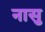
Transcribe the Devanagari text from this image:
नासु